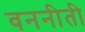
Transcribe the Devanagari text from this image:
वननीती